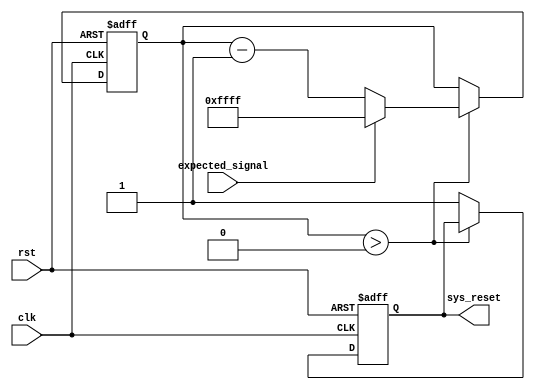
module watchdog_timer (
    input wire clk,      // system clock
    input wire rst,      // system reset signal
    input wire expected_signal, // expected signal from system
    output reg sys_reset // system reset signal triggered by watchdog timer
);

reg [15:0] counter; // 16-bit counter for countdown

always @(posedge clk or posedge rst) begin
    if (rst) begin
        counter <= 16'hFFFF; // preset counter value
        sys_reset <= 0;      // reset system reset signal
    end else begin
        if (counter > 0) begin
            counter <= counter - 1; // countdown the counter
            if (expected_signal) begin
                counter <= 16'hFFFF; // reset counter if expected signal is received
            end
        end else begin
            sys_reset <= 1; // trigger system reset if counter reaches zero
        end
    end
end

endmodule